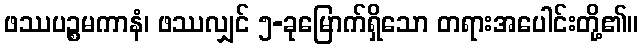
ဖဿပဉ္စမကာနံ၊ ဖဿလျှင် ၅-ခုမြောက်ရှိသော တရားအပေါင်းတို့၏။